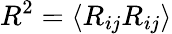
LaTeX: R^{2}=\langle R_{ij}R_{ij}\rangle